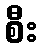
စီး